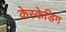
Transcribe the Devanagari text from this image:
केस्केडिंग